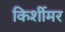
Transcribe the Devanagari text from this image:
किर्शीमर